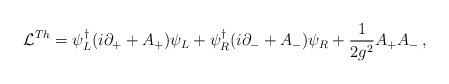
LaTeX: \begin{align*}{\cal L}^{Th}= \psi^{\dagger}_L (i\partial_+ +A_+)\psi_L +\psi^{\dagger}_R (i\partial_- +A_-)\psi_R + {1\over 2g^2} A_+ A_-\,,\end{align*}